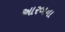
આરબના